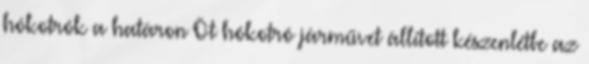
hókotrók a határon Öt hókotró járművet állított készenlétbe az